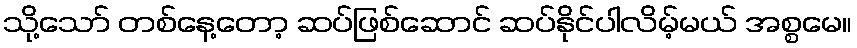
သို့သော် တစ်နေ့တော့ ဆပ်ဖြစ်ဆောင် ဆပ်နိုင်ပါလိမ့်မယ် အစ္စမေ။